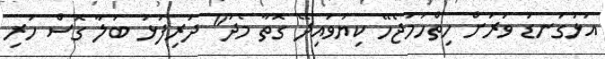
އަޅުގަނޑު ވަރަށް ހިތްހަމަޖެހޭ ކިޔަވައިދޭ ގޮތާ މެދު" ދަރިފުޅު ބަލާ ގޮސް ހުރި